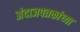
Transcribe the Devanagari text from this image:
अंदाजपत्रकांच्या